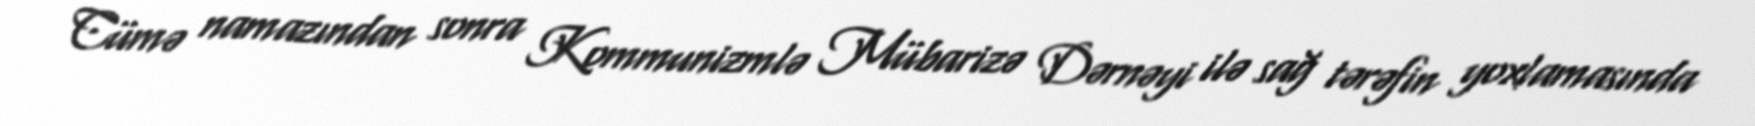
Cümə namazından sonra Kommunizmlə Mübarizə Dərnəyi ilə sağ tərəfin yoxlamasında